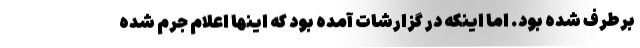
برطرف شده بود. اما اینکه در گزارشات آمده بود که اینها اعلام جرم شده